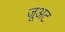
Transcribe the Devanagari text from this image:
जूअट